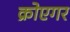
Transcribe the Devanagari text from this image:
क्रोएगर